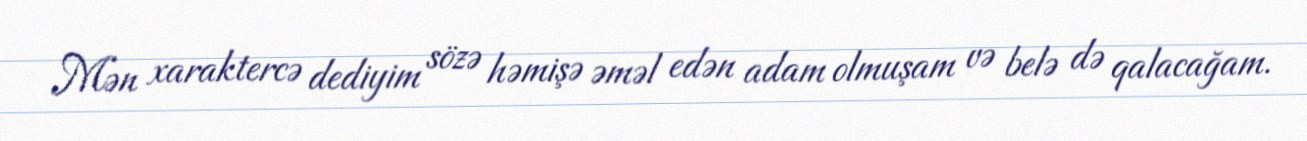
Mən xaraktercə dediyim sözə həmişə əməl edən adam olmuşam və belə də qalacağam.